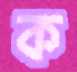
ক